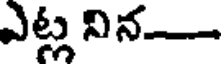
ఎట్ల నిన-